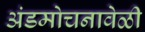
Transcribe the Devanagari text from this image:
अंडमोचनावेळी